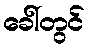
ခေါ်တွင်